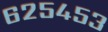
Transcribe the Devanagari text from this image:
६२५४५३